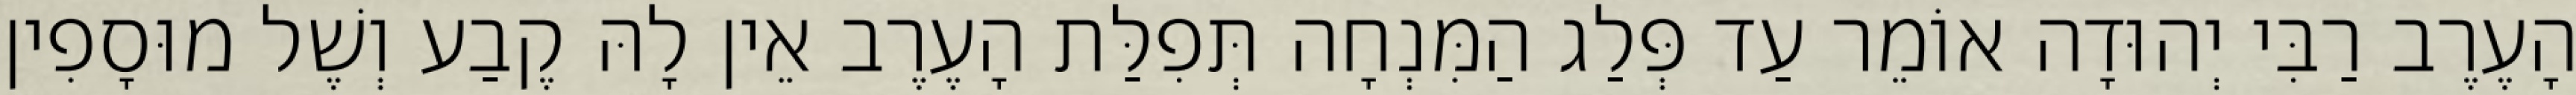
הָעֶרֶב רַבִּי יְהוּדָה אוֹמֵר עַד פְּלַג הַמִּנְחָה תְּפִלַּת הָעֶרֶב אֵין לָהּ קֶבַע וְשֶׁל מוּסָפִין